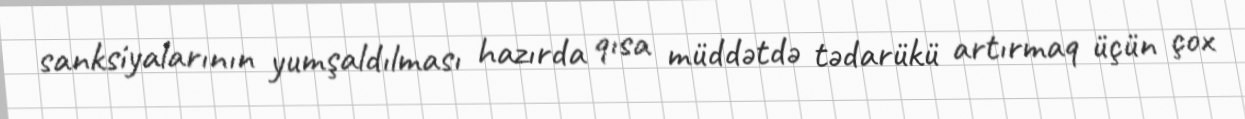
sanksiyalarının yumşaldılması hazırda qısa müddətdə tədarükü artırmaq üçün çox